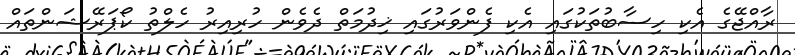
ރާއްޖޭގެ އެކި ހިސާބުތަކުގައި އެކި ފެންވަރުގައި ޚިދުމަތް ދެވެން ހުރިއިރު ހެލްތު ކޯޕަރޭޝަންތައް